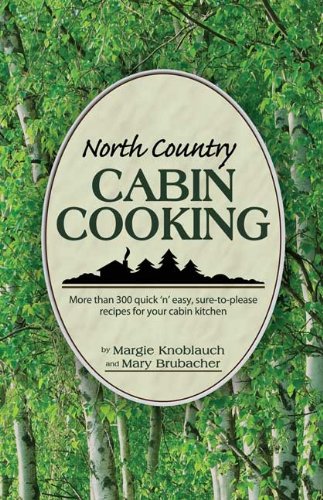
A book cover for North Country Cabin Cooking; Margie Knoblauch; Cookbooks, Food & Wine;